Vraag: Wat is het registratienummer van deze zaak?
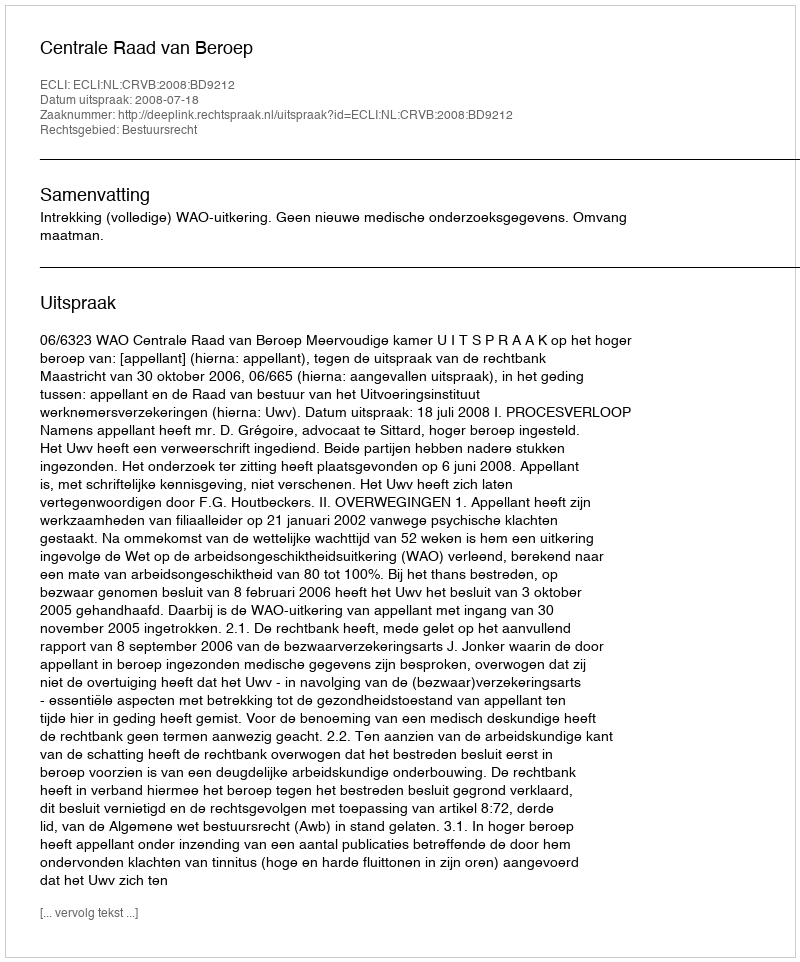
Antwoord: http://deeplink.rechtspraak.nl/uitspraak?id=ECLI:NL:CRVB:2008:BD9212